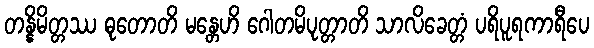
တန္နိမိတ္တဿ ဓုတောတိ မန္တေဟိ ဂေါတမိပုတ္တာတိ သာလိခေတ္တံ ပရိပူရကာရီပေ